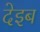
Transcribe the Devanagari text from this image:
देइब